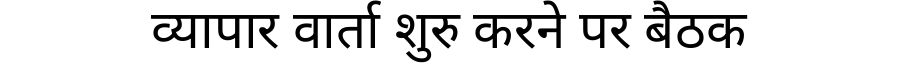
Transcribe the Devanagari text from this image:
व्यापार वार्ता शुरु करने पर बैठक